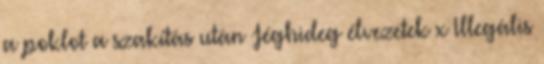
a poklot a szakítás után Jéghideg élvezetek x Illegális